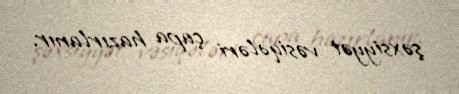
şəxsiyyət vəsiqələri çapa hazırlanır.